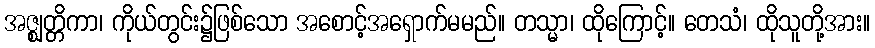
အဇ္ဈတ္တိကာ၊ ကိုယ်တွင်း၌ဖြစ်သော အစောင့်အရှောက်မမည်။ တသ္မာ၊ ထိုကြောင့်။ တေသံ၊ ထိုသူတို့အား။